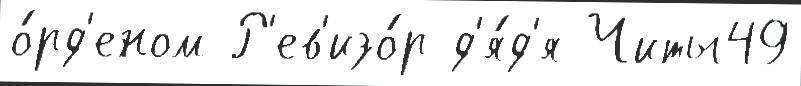
о́рд'еном Р'ев'изо́р д'я́д'я Читы49